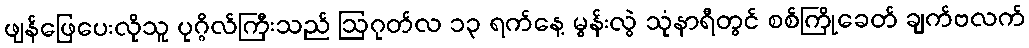
ဖျန်ဖြေပေးလိုသူ ပုဂ္ဂိလ်ကြီးသည် ဩဂုတ်လ ၁၃ ရက်နေ့ မွန်းလွဲ သုံနာရီတွင် စစ်ကြိုခေတ် ချက်ဗလက်